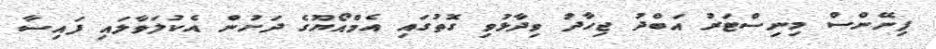
ފިނޭންސް މިނިސްޓަރު އަބްދު ޖިހާދު ވިދާޅުވި ގޮތުގައި އެމްއޯޔޫގެ ދަށުން އެކުލަވާލައި ފައިސާ